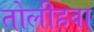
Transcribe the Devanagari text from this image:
तोलीहवा